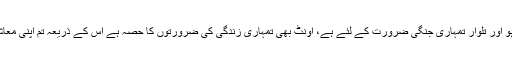
آپ نے فرمایا: تم مرد کارو زار ہو اور تلوار تمہاری جنگی ضرورت کے لئے ہے، اونٹ بھی تمہاری زندگی کی ضرورتوں کا حصہ ہے اس کے ذریعہ تم اپنی معاشی زندگی کو آگے بڑھاسکتے ہو۔